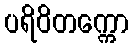
ပရိဝိတက္ကော